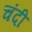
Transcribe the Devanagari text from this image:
चंदी